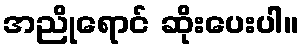
အညိုရောင် ဆိုးပေးပါ။